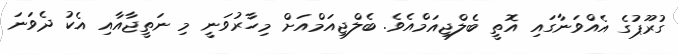
ގުރޫޕުގެ އެއްވަނާގައި އޮތީ ބެލްޖިއަމްއެވެ. ބެލްޖިއަމްއަށް މިހާރުވަނީ މި ނަތީޖާއާއި އެކު ދެވަނަ